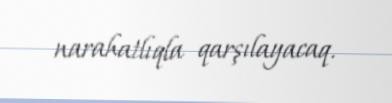
narahatlıqla qarşılayacaq.